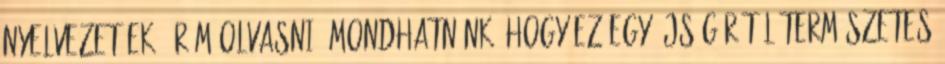
nyelvezetűek, öröm olvasni. Mondhatnánk, hogy ez egy újságírótól természetes